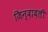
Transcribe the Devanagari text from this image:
जिन्दादली